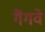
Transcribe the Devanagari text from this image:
गैंगवे